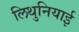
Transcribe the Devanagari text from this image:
लिथुनियाई